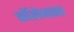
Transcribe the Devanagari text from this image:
कॉलेजातच